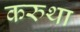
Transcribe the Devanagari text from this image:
करुथा